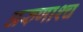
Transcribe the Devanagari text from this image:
अरुणाश्‍च